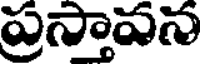
ప్రస్తాపన